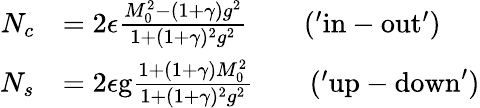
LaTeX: \begin{array}{rl}{N_{c}}&{=2\epsilon\frac{M_{0}^{2}-(1+\gamma)g^{2}}{1+(1+\gamma)^{2}g^{2}}\qquad\mathrm{('in-out')}}\\ {N_{s}}&{=2\epsilon\mathrm{g}\frac{1+(1+\gamma)M_{0}^{2}}{1+(1+\gamma)^{2}g^{2}}\qquad\mathrm{('up-down')}}\end{array}